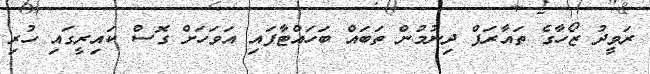
ރަވީދު ޒޯހާގެ ތައާރަފް ދިނުމުން ތަބައް ބަހައްޓާފައި އަވަހަށް ގޮސް ކައިރީގައި ހުރި